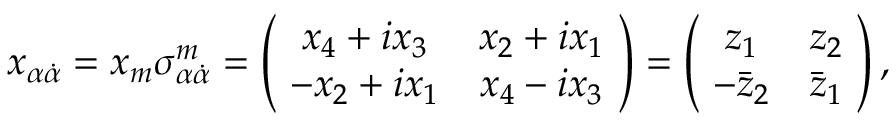
x _ { \alpha \dot { \alpha } } = x _ { m } \sigma _ { \alpha \dot { \alpha } } ^ { m } = \left( \! \begin{array} { c c } { { x _ { 4 } + i x _ { 3 } } } & { { x _ { 2 } + i x _ { 1 } } } \\ { { - x _ { 2 } + i x _ { 1 } } } & { { x _ { 4 } - i x _ { 3 } } } \end{array} \! \right) = \left( \! \begin{array} { c c } { { z _ { 1 } } } & { { z _ { 2 } } } \\ { { - \bar { z } _ { 2 } } } & { { \bar { z } _ { 1 } } } \end{array} \! \right) ,